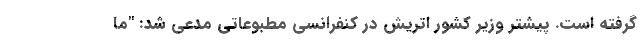
گرفته است. پیشتر وزیر کشور اتریش در کنفرانسی مطبوعاتی مدعی شد: "ما